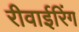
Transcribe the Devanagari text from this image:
रीवाईरिंग